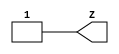
module TIEHHD (Z);
output Z ;
   buf (Z, 1'B1);
endmodule